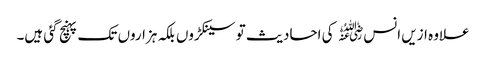
علاوہ ازیں انس﷜ کی احادیث تو سینکڑوں بلکہ ہزاروں تک پہنچ گئی ہیں۔